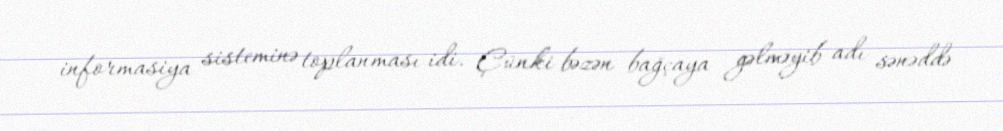
informasiya sisteminə toplanması idi. Çünki bəzən bağçaya gəlməyib adı sənəddə